Bréfritari: Sigríður Pálsdóttir
Viðtakandi: Páll Pálsson
Dagsetning: A-1870-04-13
Skrifað á: Breiðabólsstað  Rang.
Páll var bróðir Sigríðar

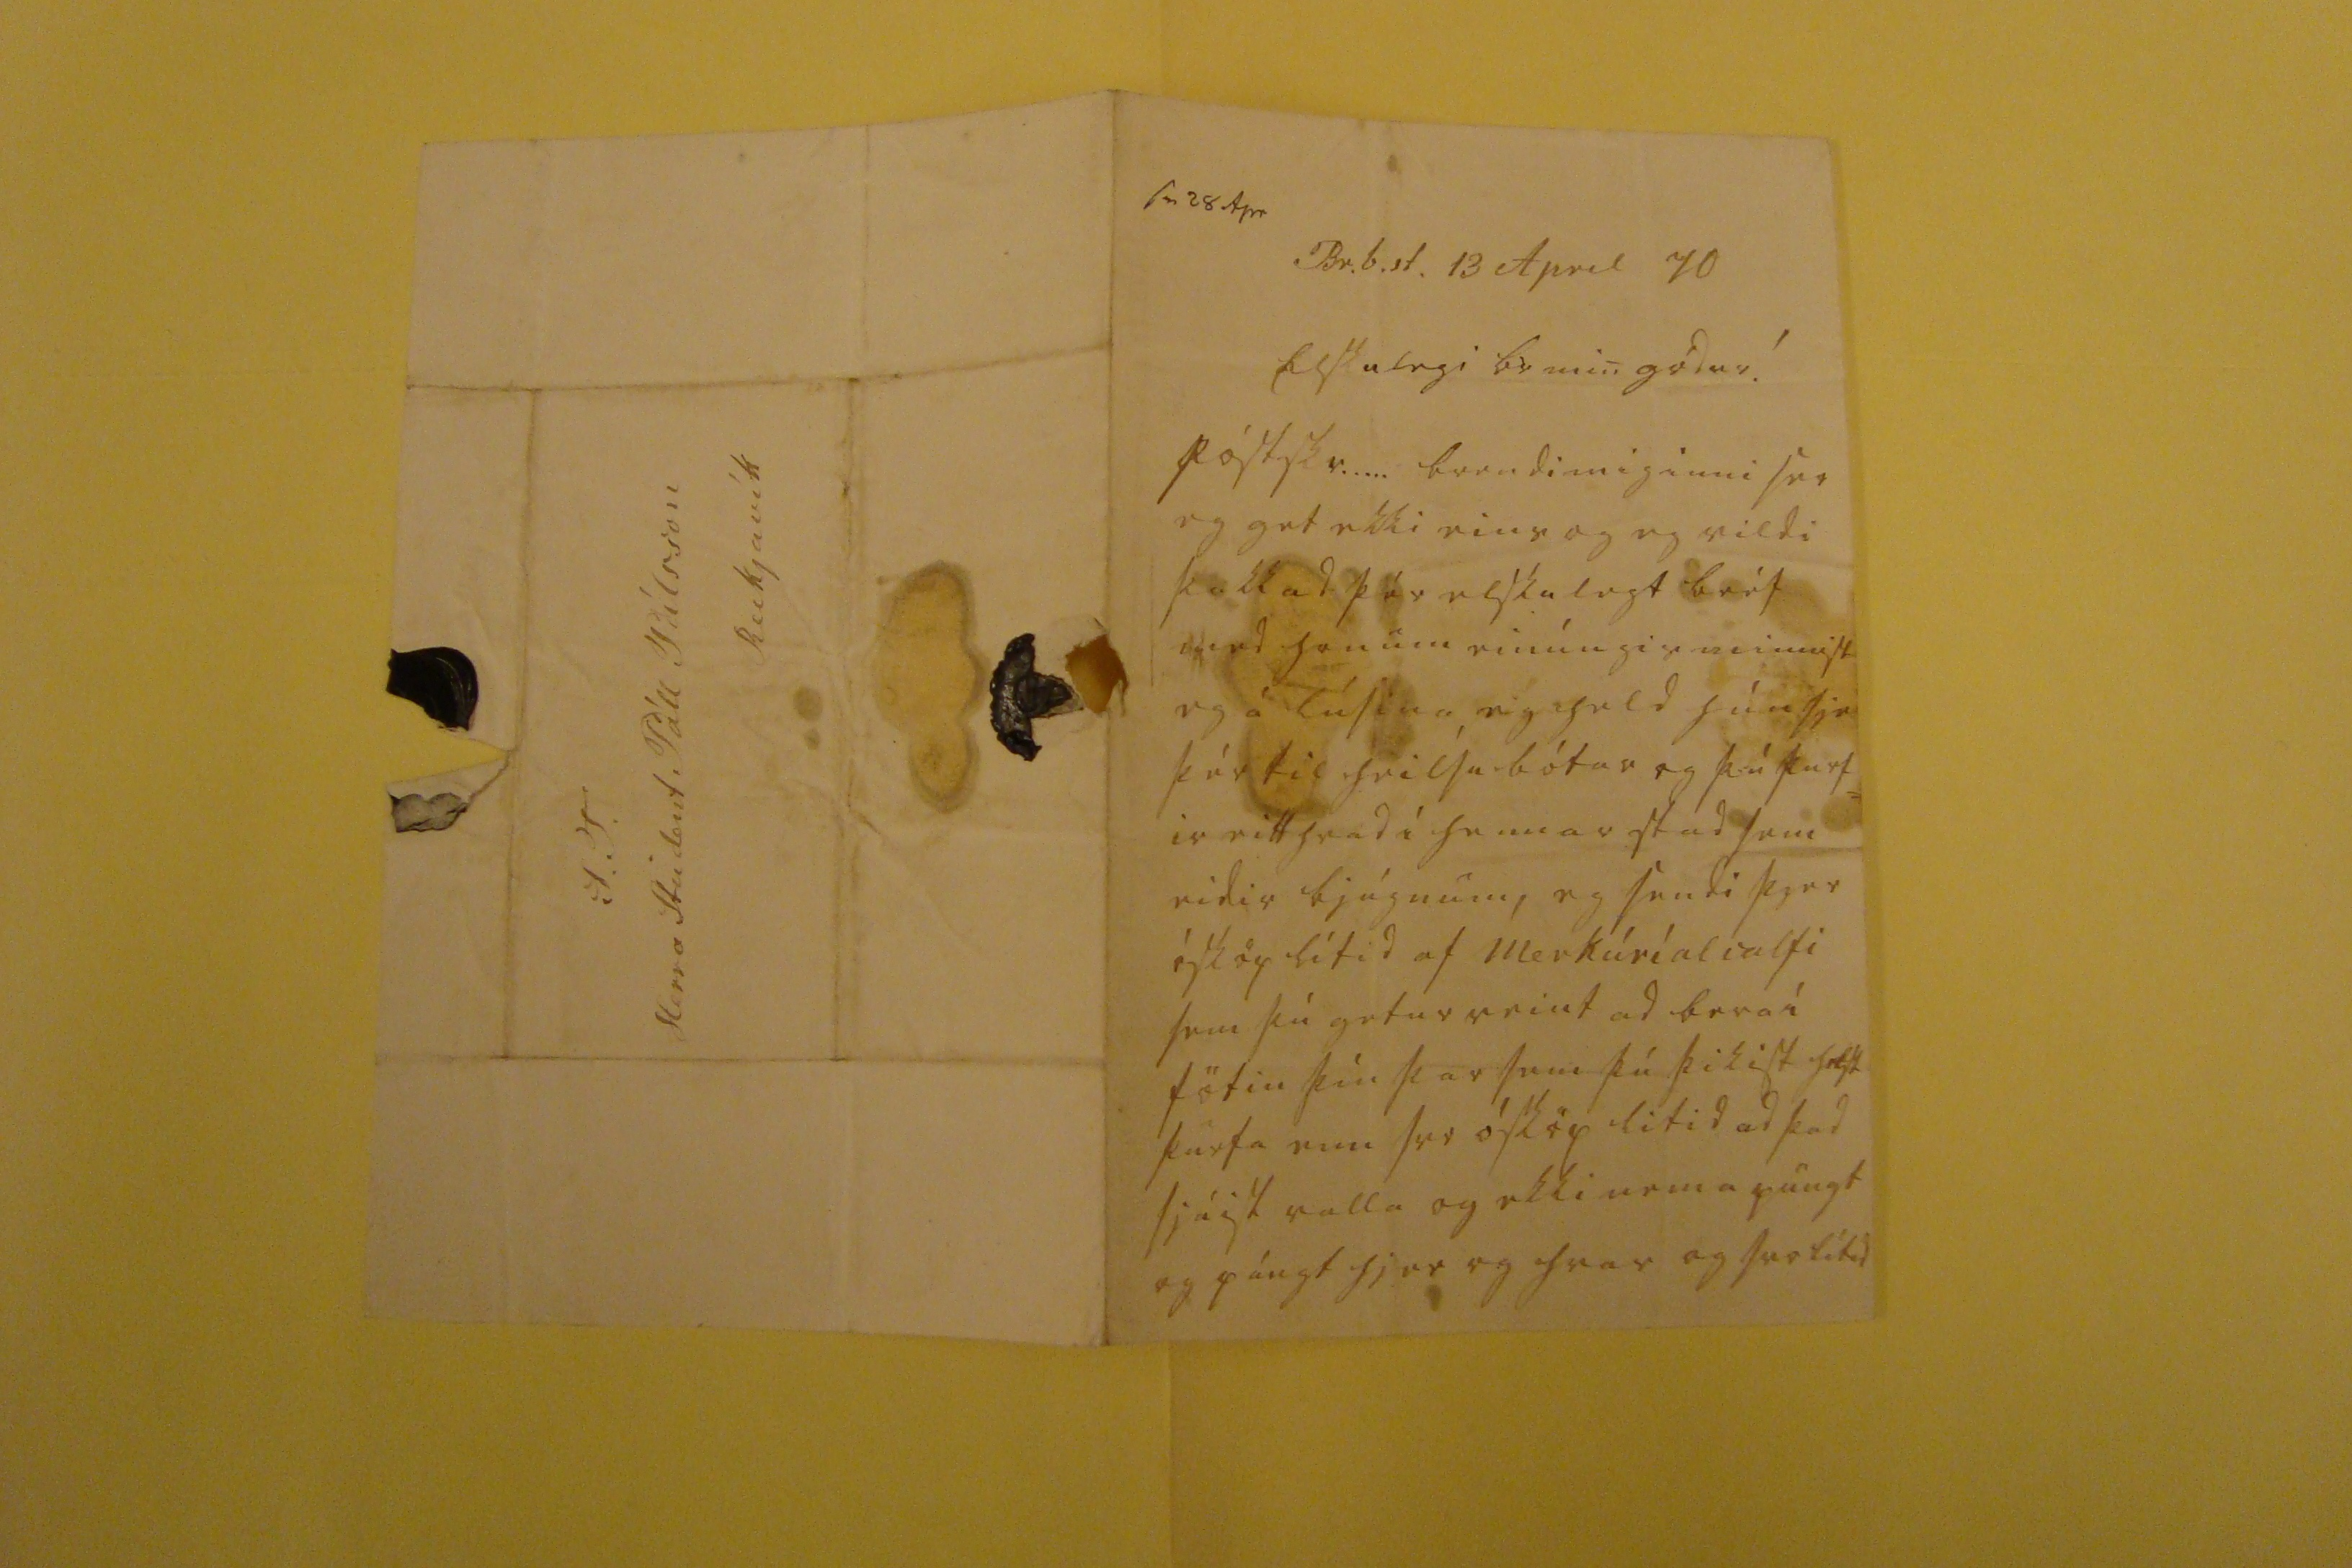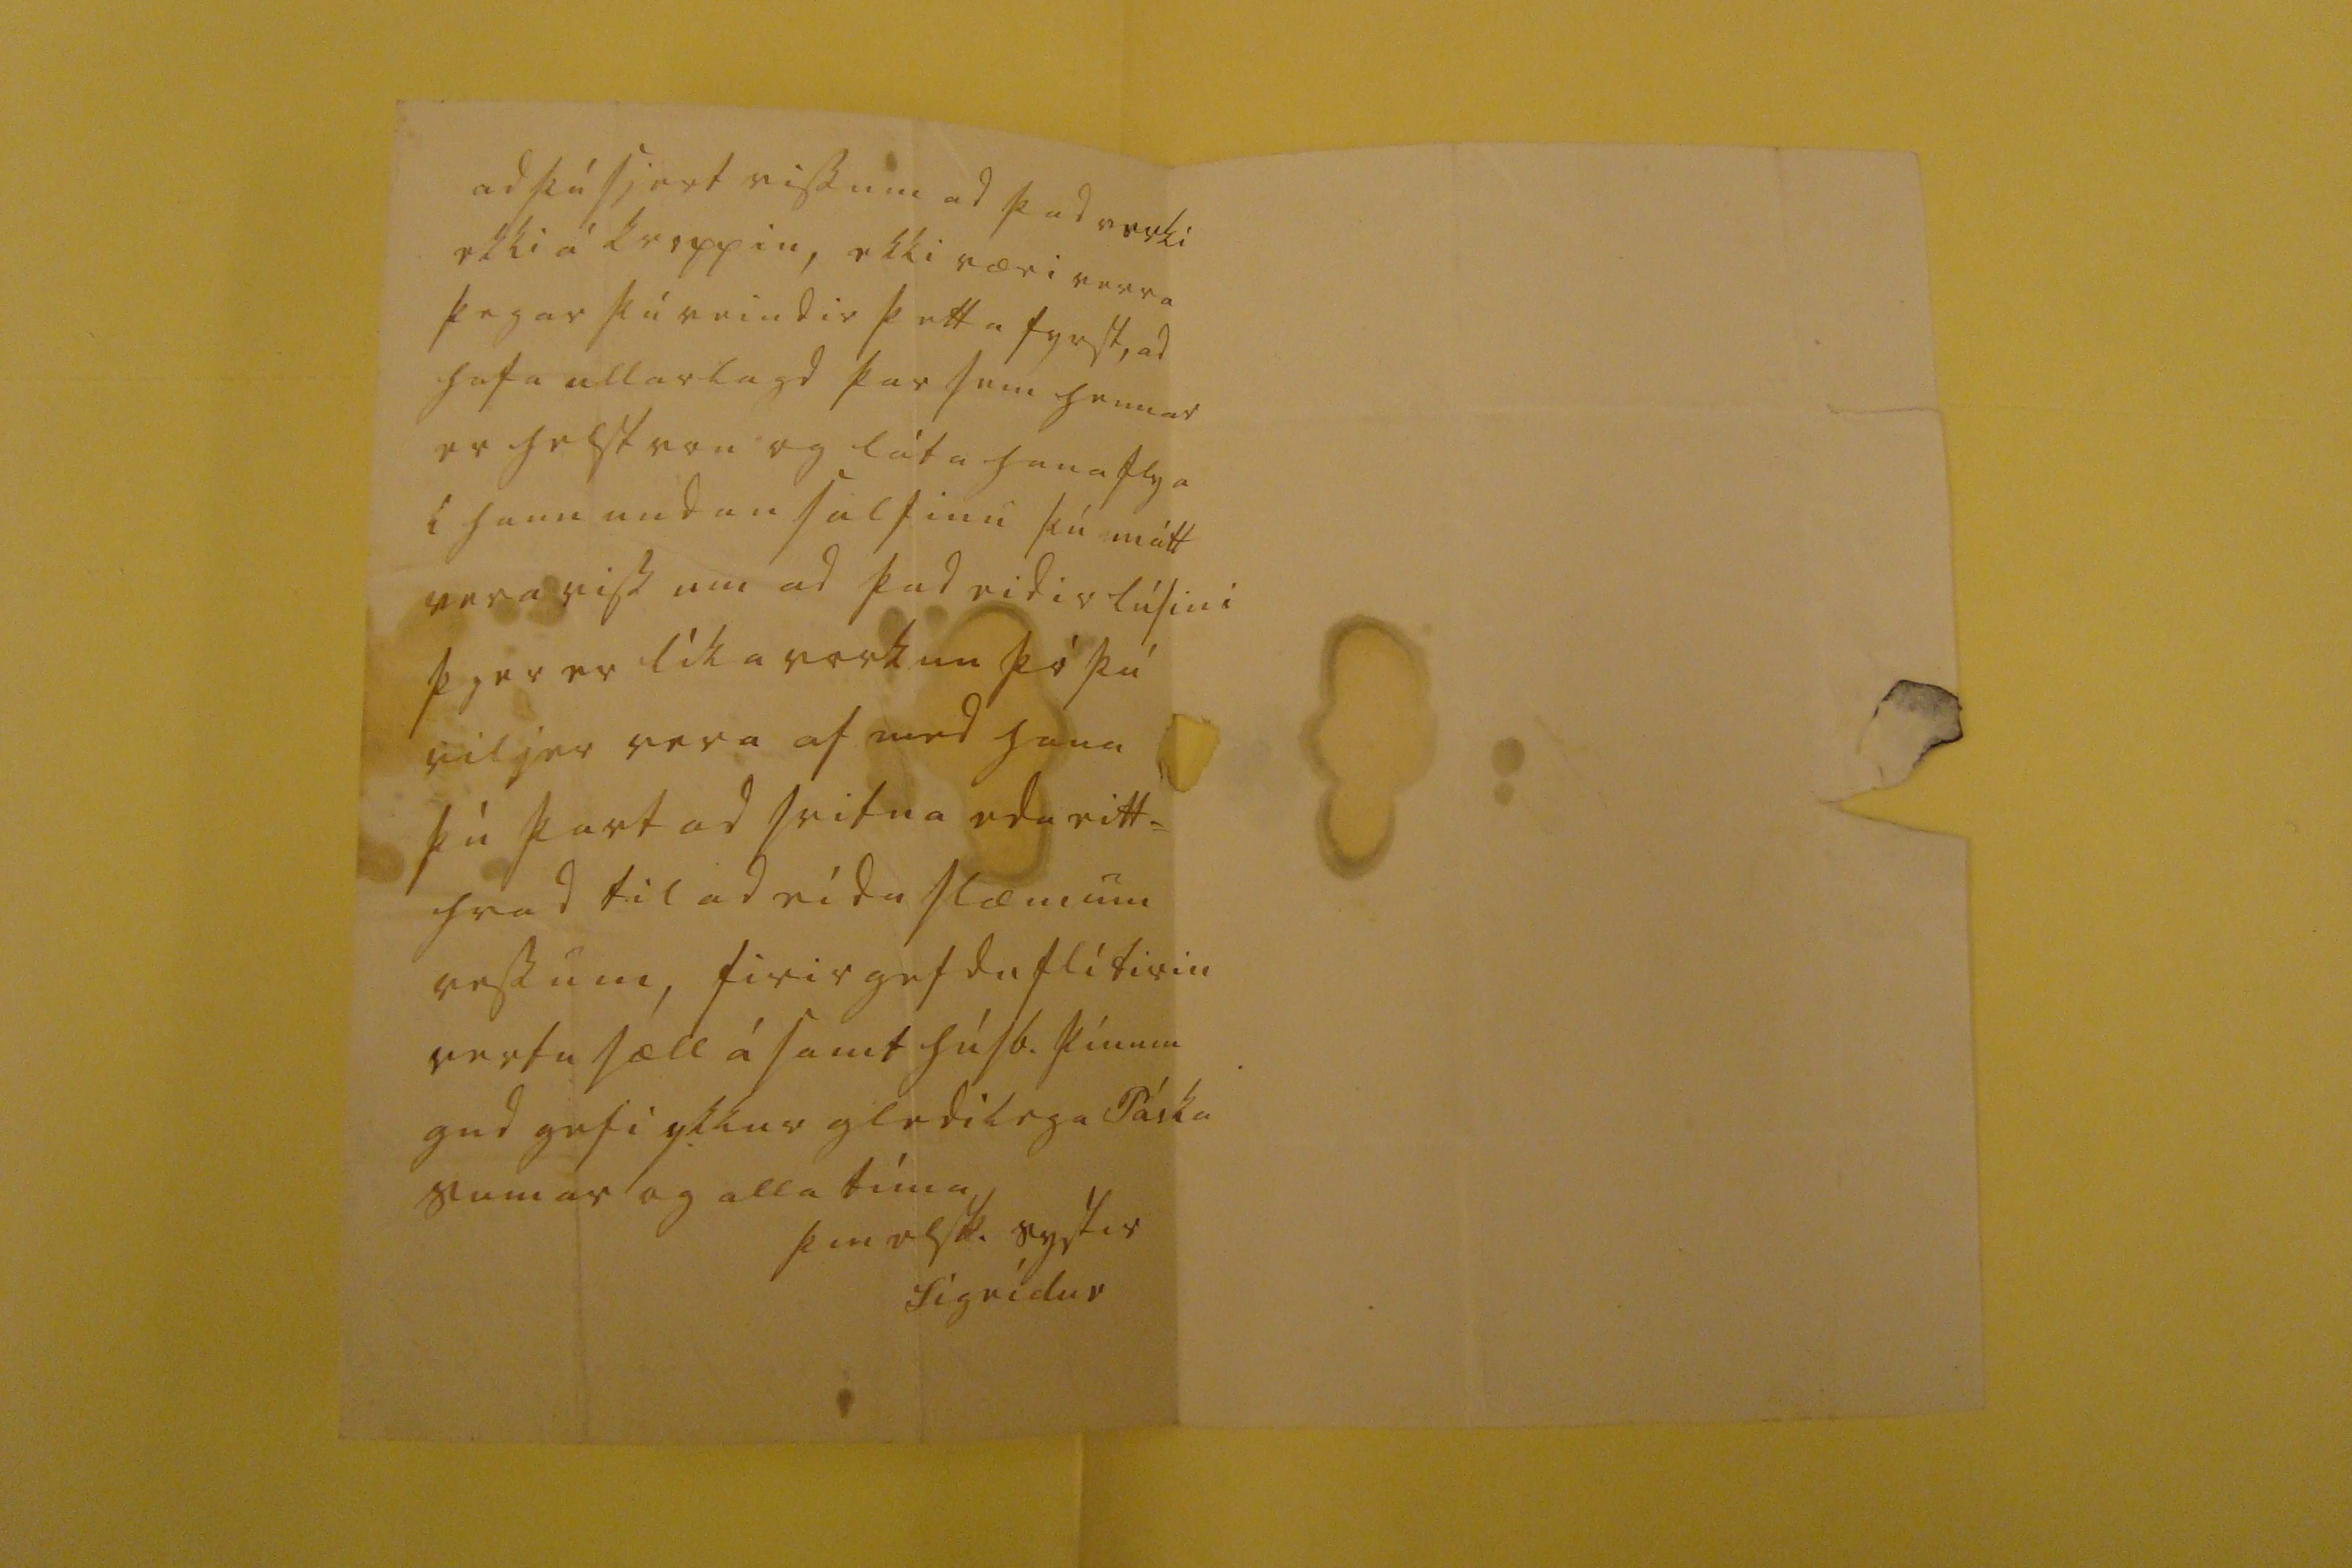

sv 28 Apr
Br.b.st. 13 April 70
Elskulegi br min gódur!
póstskr..... brendi mig inni svo eg get ekki eins og eg vildi þakkad þér elskulegt bréf med honum einúngis minnist eg á lúsina, eg held hún sje þér til heilsubótar og þú þurf= ir eitthvad í hennar stad sem eidir bjúgnum, eg sendi þjer ósköp lítid af Merkúríalsalti sem þú getur reint ad bera í fötin þín þar sem þú þikist helst þurfa enn svo ósköp litid ad þad sjúgist valla og ekki nema pungt og púngt hjer og hvar og svolítid
ad þú sjert viss um ad þad verki ekki á kroppin, ekki væri verra þegar þú reindir þetta fyrst, ad hafa ullarlagd þar sem hennar er helst von og láta hana flya i hann undan saltinu þú mátt vera viss um ad þad eidir lúsini þjer er líka vorkun þó þú viljer vera af med hana þú þart ad svitna eda eitt= hvad til ad eida slæmum vessum, firirgefdu flítirin vertu sæll ásamt húsb. þínum gud gefi ykkur gledilega Páska sumar og alla tíma
þin elsk. systir
Sigrídur
S.T. Herra Stúdent Páll Pálsson Reikjavík